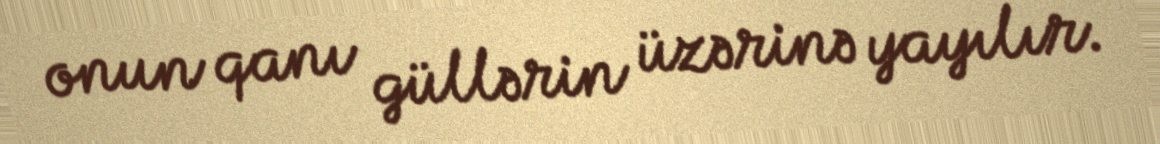
onun qanı güllərin üzərinə yayılır.